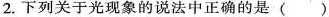
2.下列关于光现象的说法中正确的是 ()